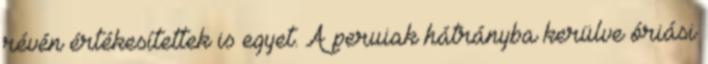
révén értékesítettek is egyet. A peruiak hátrányba kerülve óriási